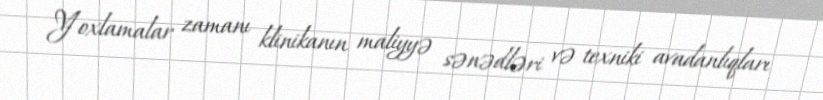
Yoxlamalar zamanı klinikanın maliyyə sənədləri və texniki avadanlıqları